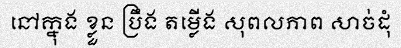
នៅក្នុង ខ្លួន ប្រឹង តម្លើង សុពលភាព សាច់ដុំ